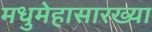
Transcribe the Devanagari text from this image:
मधुमेहासारख्या